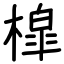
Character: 槹